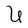
Character: U